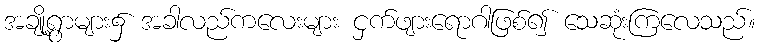
အချို့ရွာများ၌ အခါလည်ကလေးများ ငှက်ဖျားရောဂါဖြစ်၍ သေဆုံးကြလေသည်။